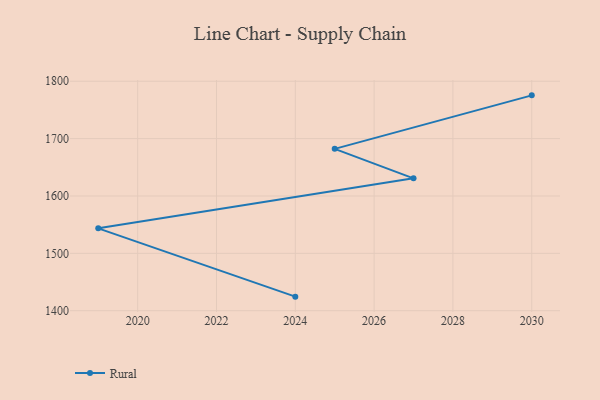
{"axis": {"x": "Year", "y": "Page Views"}, "legend": ["Rural"], "data": [{"x": "2030", "y": 1775.4, "type": "Rural"}, {"x": "2025", "y": 1682.1, "type": "Rural"}, {"x": "2027", "y": 1630.7, "type": "Rural"}, {"x": "2019", "y": 1543.6, "type": "Rural"}, {"x": "2024", "y": 1424.5, "type": "Rural"}]}